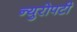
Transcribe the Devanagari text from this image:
न्युरोपटी